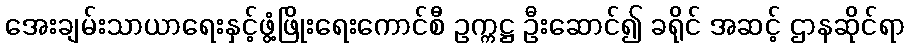
အေးချမ်းသာယာရေးနှင့်ဖွံ့ဖြိုးရေးကောင်စီ ဥက္ကဋ္ဌ ဦးဆောင်၍ ခရိုင် အဆင့် ဌာနဆိုင်ရာ